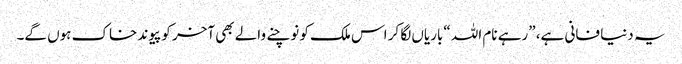
یہ دنیا فانی ہے، ”رہے نام اللہ “باریاں لگا کر اس ملک کو نوچنے والے بھی آخر کو پیوند خاک ہوں گے۔